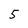
Character: 5